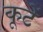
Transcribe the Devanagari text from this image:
कूटें